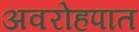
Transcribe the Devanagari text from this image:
अवरोहपात